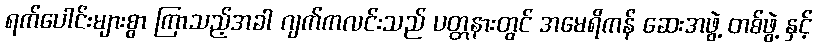
ရက်ပေါင်းများစွာ ကြာသည့်အခါ ဂျက်ကလင်းသည် ပတ္တနားတွင် အမေရိကန် ဆေးအဖွဲ့ တစ်ဖွဲ့ နှင့်